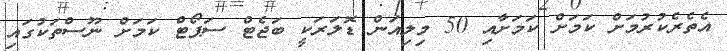
އެތެރެކުރުމަށް ކަމަށް ކަމަށާއި 50 މިލިއަން ޑޮލަރަކީ ބަޖެޓް ސަޕޯޓް ކަމަށް ނޫސްތަކުގައި